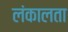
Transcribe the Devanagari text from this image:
लंकालता